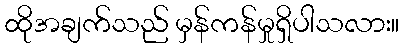
ထိုအချက်သည် မှန်ကန်မှုရှိပါသလား။